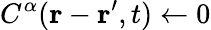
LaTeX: C^{\alpha}(\mathbf{r}-\mathbf{r^{\prime}},t)\gets 0